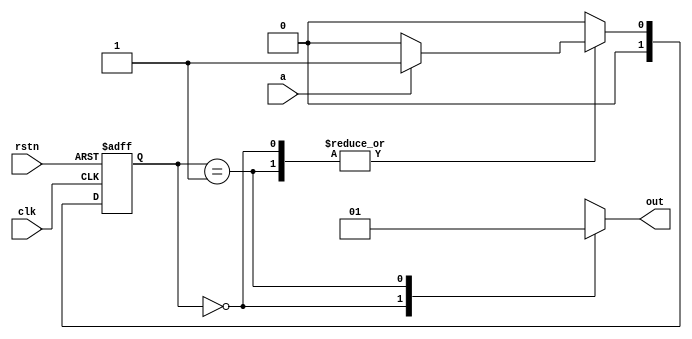
`timescale 1ns / 1ps

module fsm_2(
    input clk,
    input rstn,
    input a,
    output reg out
    );

    localparam S0 = 2'b0;
    localparam S1 = 2'b1;

    reg [1:0] state;
    reg [1:0] next_state;

    always@(negedge rstn or posedge clk)begin
        if (!rstn) begin
            state <= S0;
        end
        else begin
            state <= next_state;
        end
    end

    always@(state or a)begin
        case(state)
        S0:begin
			out = 1'b0;
            if (a == 1'b0)begin
                next_state = S0;
            end
            else begin
                next_state = S1;
            end
        end
        S1:begin
			out = 1'b1;
            next_state = a ? S1 : S0;
        end
        default: begin
			out = 1'bx;
			next_state = S0;
		end
        endcase
    end
endmodule